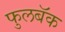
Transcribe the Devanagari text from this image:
फुलबॅक